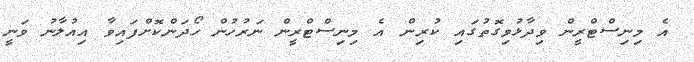
އެ މިނިސްޓްރީން ވިދާޅުވިގޮތުގައި ކުރިން އެ މިނިސްޓްރީން ނަރުހުން ހޯދަންކޮށްފައިވާ އިއުލާނު ވަނީ